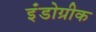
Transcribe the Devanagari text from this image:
इंंडोग्रीक